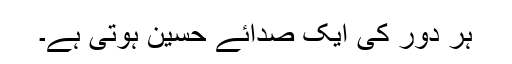
ہر دور کی ایک صدائے حسین ہوتی ہے۔